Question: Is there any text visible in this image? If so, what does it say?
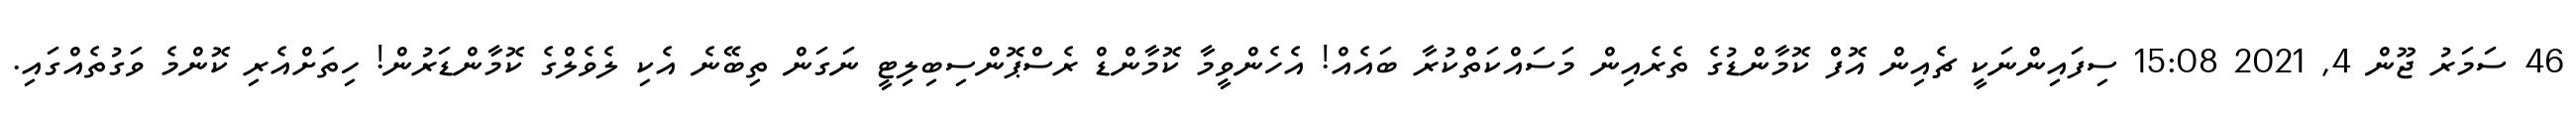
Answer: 46 ސަމަރު ޖޫން 4, 2021 15:08 ސިފައިންނަކީ ޗެއިން އޮފް ކޮމާންޑުގެ ތެރެއިން މަސައްކަތްކުރާ ބައެއް! އެހެންވީމާ ކޮމާންޑް ރެސްޕޮންސިބިލިޓީ ނަގަން ތިބޭނެ އެކި ލެވެލްގެ ކޮމާންޑަރުން! ހިތަށްއެރި ކޮންމެ ވަގުތެއްގައި.